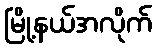
မြို့နယ်အလိုက်